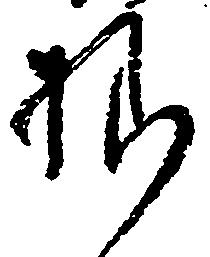
様